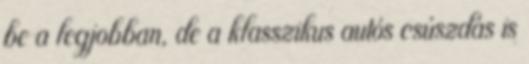
be a legjobban, de a klasszikus autós csúszdás is